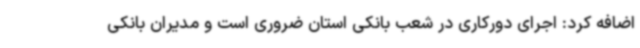
اضافه کرد: اجرای دورکاری در شعب بانکی استان ضروری است و مدیران بانکی